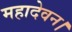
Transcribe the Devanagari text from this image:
महादेवन।